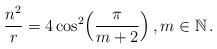
LaTeX: \begin{align*}\frac{n^2}{r} = 4 \cos^2 \Bigl( \frac{\pi}{m+2}\Bigr) \,, m \in {\mathbb N} \,.\end{align*}